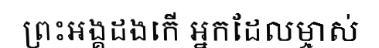
ព្រះអង្គដងកើ អ្នកដែលម្ចាស់